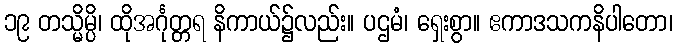
၁၉ တသ္မိမ္ပိ၊ ထိုအင်္ဂုတ္တရ နိကာယ်၌လည်း။ ပဌမံ၊ ရှေးစွာ။ ဧကာဒသကနိပါတော၊